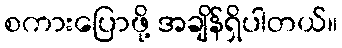
စကားပြောဖို့ အချိန်ရှိပါတယ်။